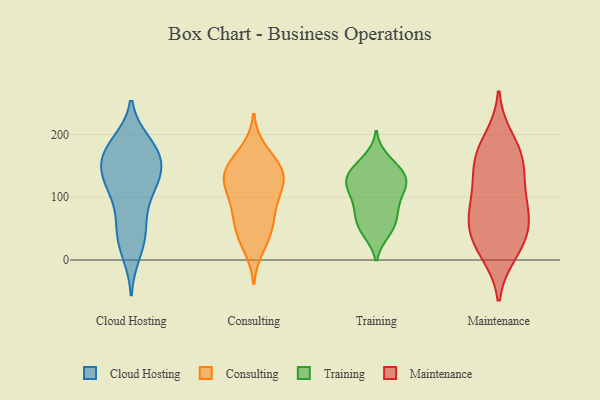
{"axis": {"x": "Operating Costs (USD K)", "y": "Value"}, "legend": ["Cloud Hosting", "Consulting", "Maintenance", "Training"], "data": [{"x": "", "y": 58, "type": "Cloud Hosting"}, {"x": "", "y": 120, "type": "Cloud Hosting"}, {"x": "", "y": 165, "type": "Cloud Hosting"}, {"x": "", "y": 175, "type": "Cloud Hosting"}, {"x": "", "y": 103, "type": "Cloud Hosting"}, {"x": "", "y": 123, "type": "Cloud Hosting"}, {"x": "", "y": 40, "type": "Cloud Hosting"}, {"x": "", "y": 11, "type": "Cloud Hosting"}, {"x": "", "y": 144, "type": "Cloud Hosting"}, {"x": "", "y": 161, "type": "Cloud Hosting"}, {"x": "", "y": 129, "type": "Cloud Hosting"}, {"x": "", "y": 179, "type": "Cloud Hosting"}, {"x": "", "y": 62, "type": "Cloud Hosting"}, {"x": "", "y": 120, "type": "Cloud Hosting"}, {"x": "", "y": 25, "type": "Cloud Hosting"}, {"x": "", "y": 151, "type": "Cloud Hosting"}, {"x": "", "y": 179, "type": "Cloud Hosting"}, {"x": "", "y": 186, "type": "Cloud Hosting"}, {"x": "", "y": 75, "type": "Consulting"}, {"x": "", "y": 84, "type": "Consulting"}, {"x": "", "y": 110, "type": "Consulting"}, {"x": "", "y": 144, "type": "Consulting"}, {"x": "", "y": 175, "type": "Consulting"}, {"x": "", "y": 113, "type": "Consulting"}, {"x": "", "y": 128, "type": "Consulting"}, {"x": "", "y": 42, "type": "Consulting"}, {"x": "", "y": 133, "type": "Consulting"}, {"x": "", "y": 66, "type": "Consulting"}, {"x": "", "y": 128, "type": "Consulting"}, {"x": "", "y": 148, "type": "Consulting"}, {"x": "", "y": 20, "type": "Consulting"}, {"x": "", "y": 42, "type": "Consulting"}, {"x": "", "y": 156, "type": "Consulting"}, {"x": "", "y": 68, "type": "Training"}, {"x": "", "y": 110, "type": "Training"}, {"x": "", "y": 153, "type": "Training"}, {"x": "", "y": 135, "type": "Training"}, {"x": "", "y": 101, "type": "Training"}, {"x": "", "y": 48, "type": "Training"}, {"x": "", "y": 43, "type": "Training"}, {"x": "", "y": 90, "type": "Training"}, {"x": "", "y": 125, "type": "Training"}, {"x": "", "y": 118, "type": "Training"}, {"x": "", "y": 117, "type": "Training"}, {"x": "", "y": 67, "type": "Training"}, {"x": "", "y": 162, "type": "Training"}, {"x": "", "y": 150, "type": "Training"}, {"x": "", "y": 131, "type": "Training"}, {"x": "", "y": 45, "type": "Training"}, {"x": "", "y": 135, "type": "Training"}, {"x": "", "y": 127, "type": "Training"}, {"x": "", "y": 86, "type": "Training"}, {"x": "", "y": 71, "type": "Training"}, {"x": "", "y": 72, "type": "Maintenance"}, {"x": "", "y": 150, "type": "Maintenance"}, {"x": "", "y": 175, "type": "Maintenance"}, {"x": "", "y": 79, "type": "Maintenance"}, {"x": "", "y": 157, "type": "Maintenance"}, {"x": "", "y": 11, "type": "Maintenance"}, {"x": "", "y": 193, "type": "Maintenance"}, {"x": "", "y": 105, "type": "Maintenance"}, {"x": "", "y": 56, "type": "Maintenance"}, {"x": "", "y": 38, "type": "Maintenance"}, {"x": "", "y": 16, "type": "Maintenance"}, {"x": "", "y": 44, "type": "Maintenance"}, {"x": "", "y": 101, "type": "Maintenance"}, {"x": "", "y": 148, "type": "Maintenance"}]}